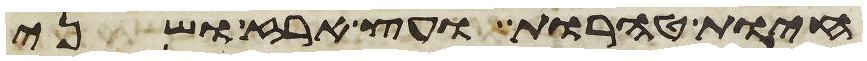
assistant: חיות טהרות ועץ ארז ושני